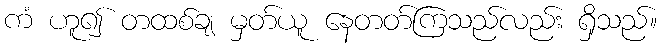
ကံ ဟူ၍ တထစ်ချ မှတ်ယူ နေတတ်ကြသည်လည်း ရှိသည်။